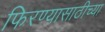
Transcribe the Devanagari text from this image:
फिरण्यासाठीच्या